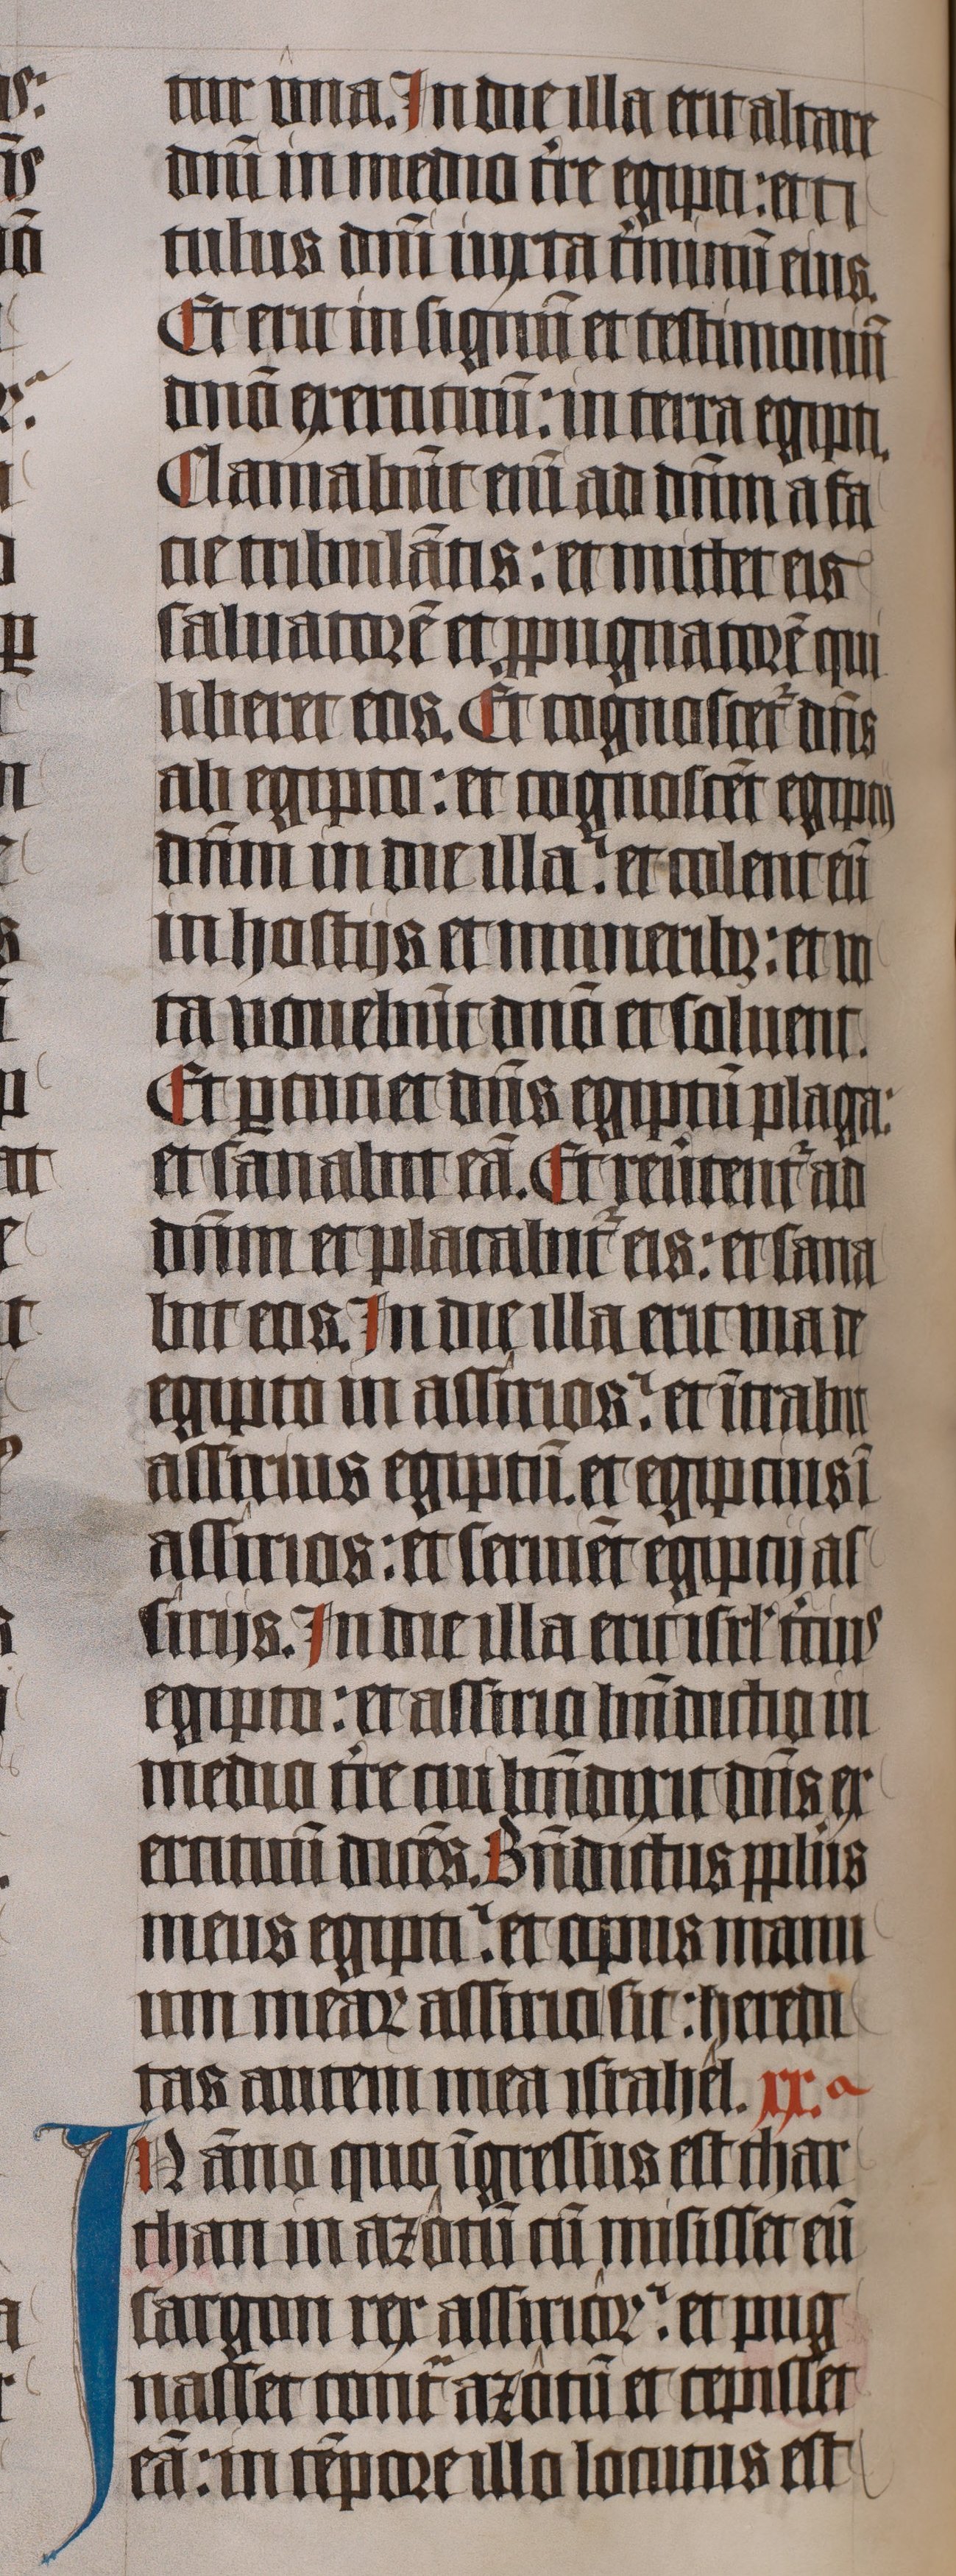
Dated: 1445–1445